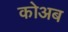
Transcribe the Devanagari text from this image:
कोअब